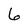
Character: 6